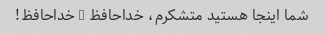
شما اینجا هستید متشکرم، خداحافظ - خداحافظ!